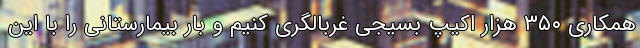
همکاری ۳۵۰ هزار اکیپ بسیجی غربالگری کنیم و بار بیمارستانی را با این